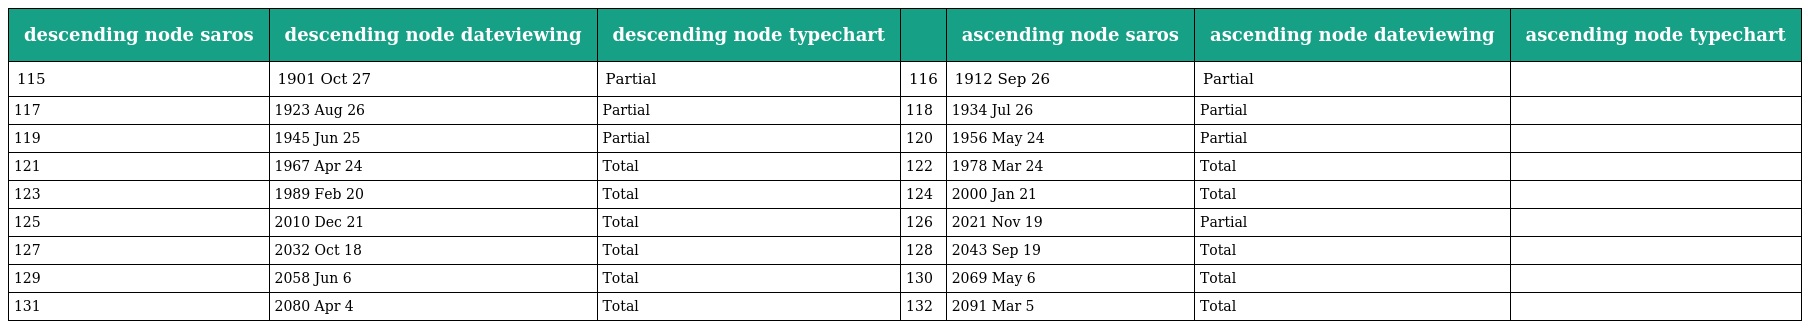
| descending node saros | descending node dateviewing | descending node typechart |  | ascending node saros | ascending node dateviewing | ascending node typechart |
 | --- | --- | --- | --- | --- | --- | --- |
 | 115 | 1901 Oct 27 | Partial | 116 | 1912 Sep 26 | Partial |  |
 | 117 | 1923 Aug 26 | Partial | 118 | 1934 Jul 26 | Partial |  |
 | 119 | 1945 Jun 25 | Partial | 120 | 1956 May 24 | Partial |  |
 | 121 | 1967 Apr 24 | Total | 122 | 1978 Mar 24 | Total |  |
 | 123 | 1989 Feb 20 | Total | 124 | 2000 Jan 21 | Total |  |
 | 125 | 2010 Dec 21 | Total | 126 | 2021 Nov 19 | Partial |  |
 | 127 | 2032 Oct 18 | Total | 128 | 2043 Sep 19 | Total |  |
 | 129 | 2058 Jun 6 | Total | 130 | 2069 May 6 | Total |  |
 | 131 | 2080 Apr 4 | Total | 132 | 2091 Mar 5 | Total |  |